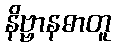
နိဗ္ဗာနဓာတူ